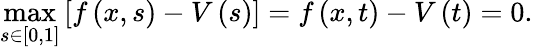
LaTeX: \operatorname*{max}_{s\in\left[0,1\right]}\left[f\left(x,s\right)-V\left(s\right)\right]=f\left(x,t\right)-V\left(t\right)=0.